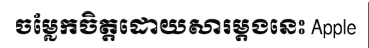
ចម្លែកចិត្តដោយសារម្តងនេះ Apple